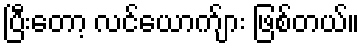
ပြီးတော့ လင်ယောက်ျား ဖြစ်တယ်။